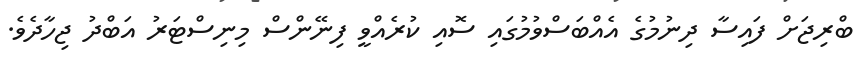
ބްރިޖަށް ފައިސާ ދިނުުމުގެ އެއްބަސްވުމުގައި ސޮއި ކުރެއްވީ ފިނޭންސް މިނިސްޓަރު އަބްދު ޖިހާދެވެ.